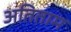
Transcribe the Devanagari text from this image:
अतिताम